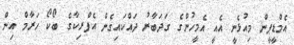
އެމްޑީޕީން މިއުޅެނީ އެއީ އެމީހުންގެ ގަދަބާރު ދައްކައިގެން އެފްރިކާގެ ބޯކޯ ހަރާމް އިން